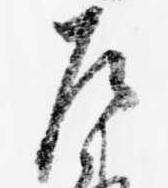
左